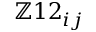
\mathbb { Z } 1 2 _ { i j }